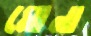
মোনা